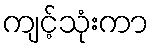
ကျင့်သုံးကာ